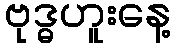
ဗုဒ္ဓဟူးနေ့